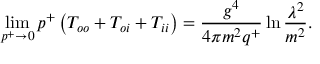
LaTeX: \operatorname * { l i m } _ { p ^ { + } \rightarrow 0 } p ^ { + } \left( T _ { o o } + T _ { o i } + T _ { i i } \right) = \frac { g ^ { 4 } } { 4 \pi m ^ { 2 } q ^ { + } } \ln \frac { \lambda ^ { 2 } } { m ^ { 2 } } .